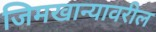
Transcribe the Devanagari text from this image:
जिमखान्यावरील